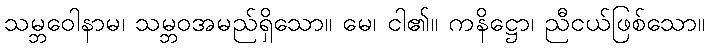
သမ္ဘဝေါနာမ၊ သမ္ဘဝအမည်ရှိသော။ မေ၊ ငါ၏။ ကနိဋ္ဌော၊ ညီငယ်ဖြစ်သော။